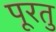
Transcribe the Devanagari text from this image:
पूरतु